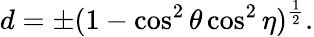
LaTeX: d=\pm(1-\cos^{2}{\theta}\cos^{2}{\eta})^{\frac{1}{2}}.